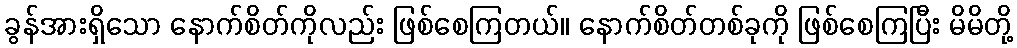
ခွန်အားရှိသော နောက်စိတ်ကိုလည်း ဖြစ်စေကြတယ်။ နောက်စိတ်တစ်ခုကို ဖြစ်စေကြပြီး မိမိတို့